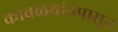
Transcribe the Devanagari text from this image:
कावळयांनपासून